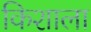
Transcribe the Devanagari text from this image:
किशाला